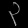
Digit: ၃